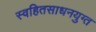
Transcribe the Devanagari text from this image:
स्वहितसाधनयुग्त